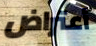
أعتراض